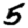
Digit: 5